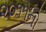
૨૦૧૧નો